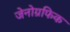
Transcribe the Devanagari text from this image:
जेनोग्रफिक